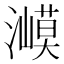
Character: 㵹